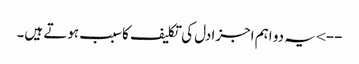
--> یہ دو اہم اجزادل کی تکلیف کاسبب ہوتے ہیں۔